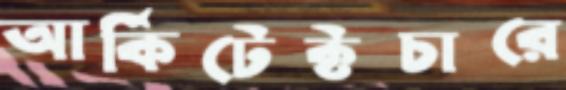
আর্কিটেক্টচারে